Sanitation, dispensaries and jails vaccination Rajputana 1922-1927 - 1922-1927
Year: 1922
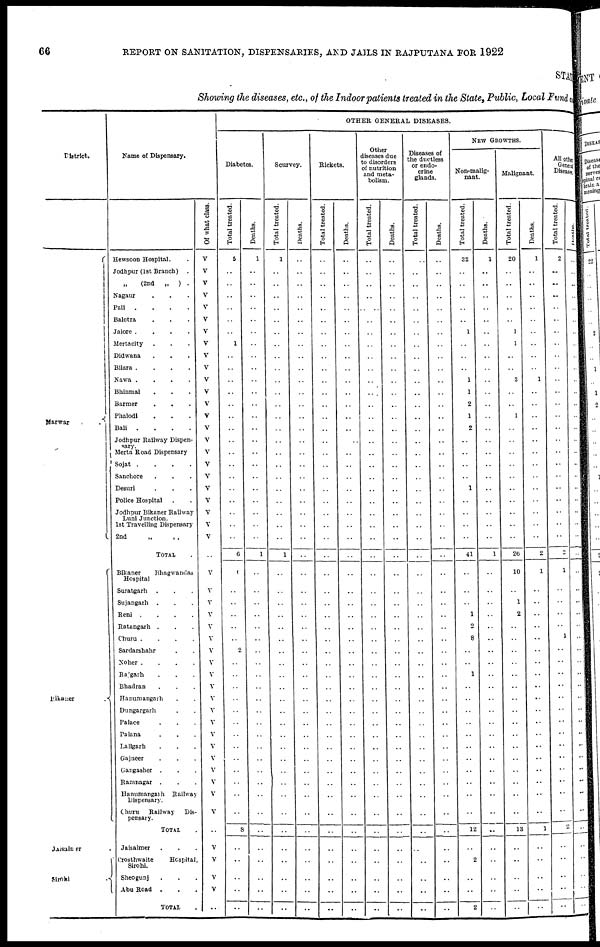
66
REPORT ON SANITATION, DISPENSARIES, AND JAILS IN RAJUPUTANA FOR 1922
STAT
Showing the diseases, etc., of the Indoor patients treated in the State, Public, Local Fund an
District.
Marwar .
Bikaner
.
Jaisalmer .
Sirohi .
Name of Dispensary.
Hewsoon Hospital. .
Jodhpur (1st Branch) .
„ (2nd
„ ) .
Nagaur . . .
Pali .
.
.
.
Balotra . . .
Jalore .
.
.
.
Mertacity . . .
Didwana . . .
Bilara .
.
.
.
Nawa .
.
.
.
Bhinmal . . .
Barmer
. . .
Phalodi . . .
Bali .
.
.
.
Jodhpur Railway Dispen¬
sary.
Merta Road Dispensary
Sojat .
.
.
.
Sanchore . . .
Desuri . . .
Police Hospital . .
Jodhpur Bikaner Railway
Luni Junction.
1st Travelling Dispensary
2nd
„
„
TOTAL .
Bikaner
Bhagwandas
Hospital
Suratgarh . . .
Sujangarh . . .
Reni .
.
.
.
Ratangarh . . .
Churu .
.
.
.
Sardarshahr . .
Noher .
.
.
.
Rajgarh . . .
Bhadran . . .
Hanumangarh . .
Dungargarh . .
Palace . . .
Palana . . .
Lallgarh . . .
Gajneer . . .
Gangasher . . .
Ramnagar . . .
Hanumangarh Railway
Dispensary.
Churu Railway Dis-
pensary.
TOTAL .
Jaisalmer . . .
Crosthwaite
Hospital,
Sirohi.
Sheogunj . . .
Abu Road . . .
TOTAL .
Of what class.
V
V
V
V
V
V
V
V
V
V
V
V
V
V
V
V
V
V
V
V
V
V
V
V
..
V
V
V
V
V
V
V
V
V
V
V
V
V
V
V
V
V
V
V
V
..
V
V
V
V
..
OTHER GENERAL DISEASES.
Diabetes.
Total treated.
5
..
..
..
..
..
..
1
..
..
..
..
..
..
..
..
..
..
..
..
..
..
..
..
6
0
..
..
..
..
..
2
..
..
..
..
..
..
..
..
..
..
..
..
..
8
..
..
..
..
..
Deaths.
1
..
..
..
..
..
..
..
..
..
..
..
..
..
..
..
..
..
..
..
..
..
..
..
1
..
..
..
..
..
..
..
..
..
..
..
..
..
..
..
..
..
..
..
..
..
..
..
..
..
..
Scurvey.
Total treated.
1
..
..
..
..
..
..
..
..
..
..
..
..
..
..
..
..
..
..
..
..
..
..
..
1
..
..
..
..
..
..
..
..
..
..
..
..
..
..
..
..
..
..
..
..
..
..
..
..
..
..
Deaths.
..
..
..
..
..
..
..
..
..
..
..
..
..
..
..
..
..
..
..
..
..
..
..
..
..
..
..
..
..
..
..
..
..
..
..
..
..
..
..
..
..
..
..
..
..
..
..
..
..
..
..
Rickets.
Total treated.
..
..
..
..
..
..
..
..
..
..
..
..
..
..
..
..
..
..
..
..
..
..
..
..
..
..
..
..
..
..
..
..
..
..
..
..
..
..
..
..
..
..
..
..
..
..
..
..
..
..
..
Deaths.
..
..
..
..
..
..
..
..
..
..
..
..
..
..
..
..
..
..
..
..
..
..
..
..
..
..
..
..
..
..
..
..
..
..
..
..
..
..
..
..
..
..
..
..
..
..
..
..
..
..
..
Other
diseases due
to disorders
of nutrition
and meta-
bolism.
Total treated.
..
..
..
..
..
..
..
..
..
..
..
..
..
..
..
..
..
..
..
..
..
..
..
..
..
..
..
..
..
..
..
..
..
..
..
..
..
..
..
..
..
..
..
..
..
..
..
..
..
..
..
Deaths.
..
..
..
..
..
..
..
..
..
..
..
..
..
..
..
..
..
..
..
..
..
..
..
..
..
..
..
..
..
..
..
..
..
..
..
..
..
..
..
..
..
..
..
..
..
..
..
..
..
..
..
Diseases of
the ductless
or endo-
crine
glands.
Total treated.
..
..
..
..
..
..
..
..
..
..
..
..
..
..
..
..
..
..
..
..
..
..
..
..
..
..
..
..
..
..
..
..
..
..
..
..
..
..
..
..
..
..
..
..
..
..
..
..
..
..
..
Deaths.
..
..
..
..
..
..
..
..
..
..
..
..
..
..
..
..
..
..
..
..
..
..
..
..
..
..
..
..
..
..
..
..
..
..
..
..
..
..
..
..
..
..
..
..
..
..
..
..
..
..
..
NEW GROWTHS.
Non-malig-
nant.
Total treated.
32
..
..
..
..
..
1
..
..
..
1
1
2
1
2
..
..
..
..
1
..
..
..
..
41
..
..
..
1
2
8
..
..
1
..
..
..
..
..
..
..
..
..
..
..
12
..
2
..
..
2
Deaths.
1
..
..
..
..
..
..
..
..
..
..
..
..
..
..
..
..
..
..
..
..
..
..
..
1
..
..
..
..
..
..
..
..
..
..
..
..
..
..
..
..
..
..
..
..
..
..
..
..
..
..
Malignant.
Total treated.
20
..
..
..
..
..
1
1
..
..
3
..
..
1
..
..
..
..
..
..
..
..
..
..
26
10
..
1
2
..
..
..
..
..
..
..
..
..
..
..
..
..
..
..
..
13
..
..
..
..
..
Deaths.
1
..
..
..
..
..
..
..
..
..
1
..
..
..
..
..
..
..
..
..
..
..
..
..
2
1
..
..
..
..
..
..
..
..
..
..
..
..
..
..
..
..
..
..
..
1
..
..
..
..
..
All other
General
Diseases.
Total treated.
2
..
..
..
..
..
..
..
..
..
..
..
..
..
..
..
..
..
..
..
..
..
..
..
2
1
..
..
..
..
1
..
..
..
..
..
..
..
..
..
..
..
..
..
..
2
..
..
..
..
..
Deaths.
..
..
..
..
..
..
..
..
..
..
..
..
..
..
..
..
..
..
..
..
..
..
..
..
..
..
..
..
..
..
..
..
..
..
..
..
..
..
..
..
..
..
..
..
..
..
..
..
..
..
..